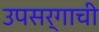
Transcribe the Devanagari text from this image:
उपसर्गाची